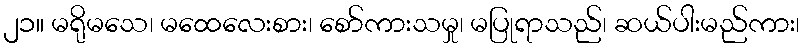
၂၁။ မရိုမသေ၊ မထေလေးစား၊ စော်ကားသမှု၊ မပြုရာသည်၊ ဆယ်ပါးမည်ကား၊